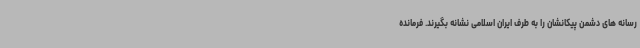
رسانه های دشمن پیکانشان را به طرف ایران اسلامی نشانه بگیرند. فرمانده